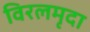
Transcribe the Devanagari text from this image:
विरलमृदा